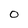
Character: O